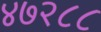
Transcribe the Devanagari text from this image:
४७२८८